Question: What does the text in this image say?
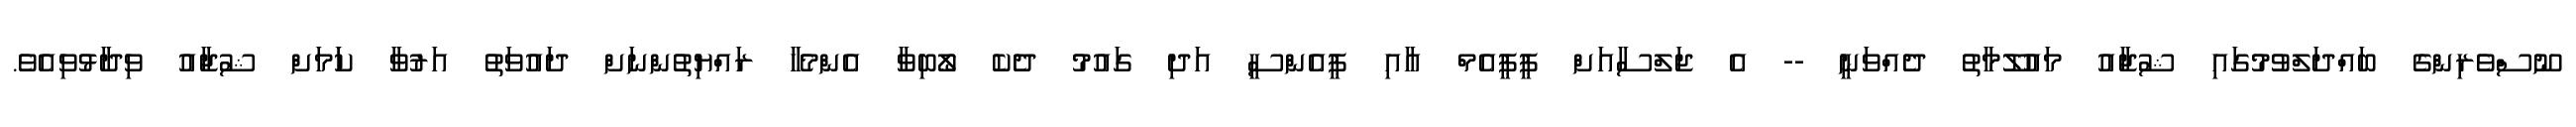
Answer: ނޫސްވެރިންގެ ބައްދަލްވުމުގައި ޝުޖާއު މައުލޫމާތު ދެއްވަނީ -- އެ ޖަލްސާއަށް ޕީޕީއެމް އާއި ޕީއެންސީ އަދި ގައުމު ދެކެ ލޯބިވާ އެންމެހާ ރައްޔިތުންނަށް ދައުވަތު އަރުވާ ކަަމަށް ޝުޖާއު ވިދާޅުވިއެވެ.